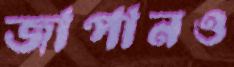
জাপানও